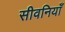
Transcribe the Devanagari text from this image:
सीवनियाँ